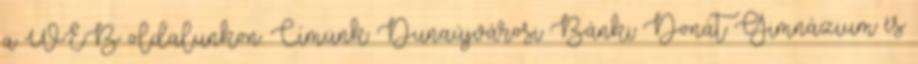
a WEB oldalunkon. Címünk: Dunaújvárosi Bánki Donát Gimnázium és